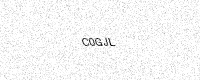
Text: C0GJL